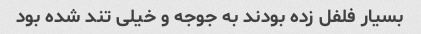
بسیار فلفل زده بودند به جوجه و خیلی تند شده بود